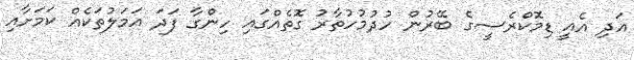
އަދި އެއީ ޑިމޮކްރެސީގެ ބޭރުން ހުދުމުހުތާރު ގޮތެއްގައި ހިންގާ ފަދަ އަމަލުތަކެއް ކަމަށާއި